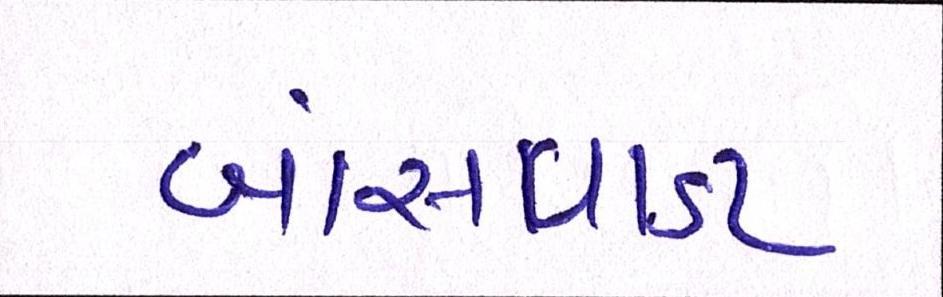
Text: બાંસવાડા